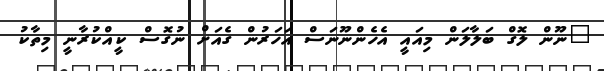
"ނޫން ލޮގް ބަލާލަން މިއައީ އެހެންނޫނަސް އަހަރުން ގެއަށް ނުގޮސް ކީއްކުރާނީ މިތާކު